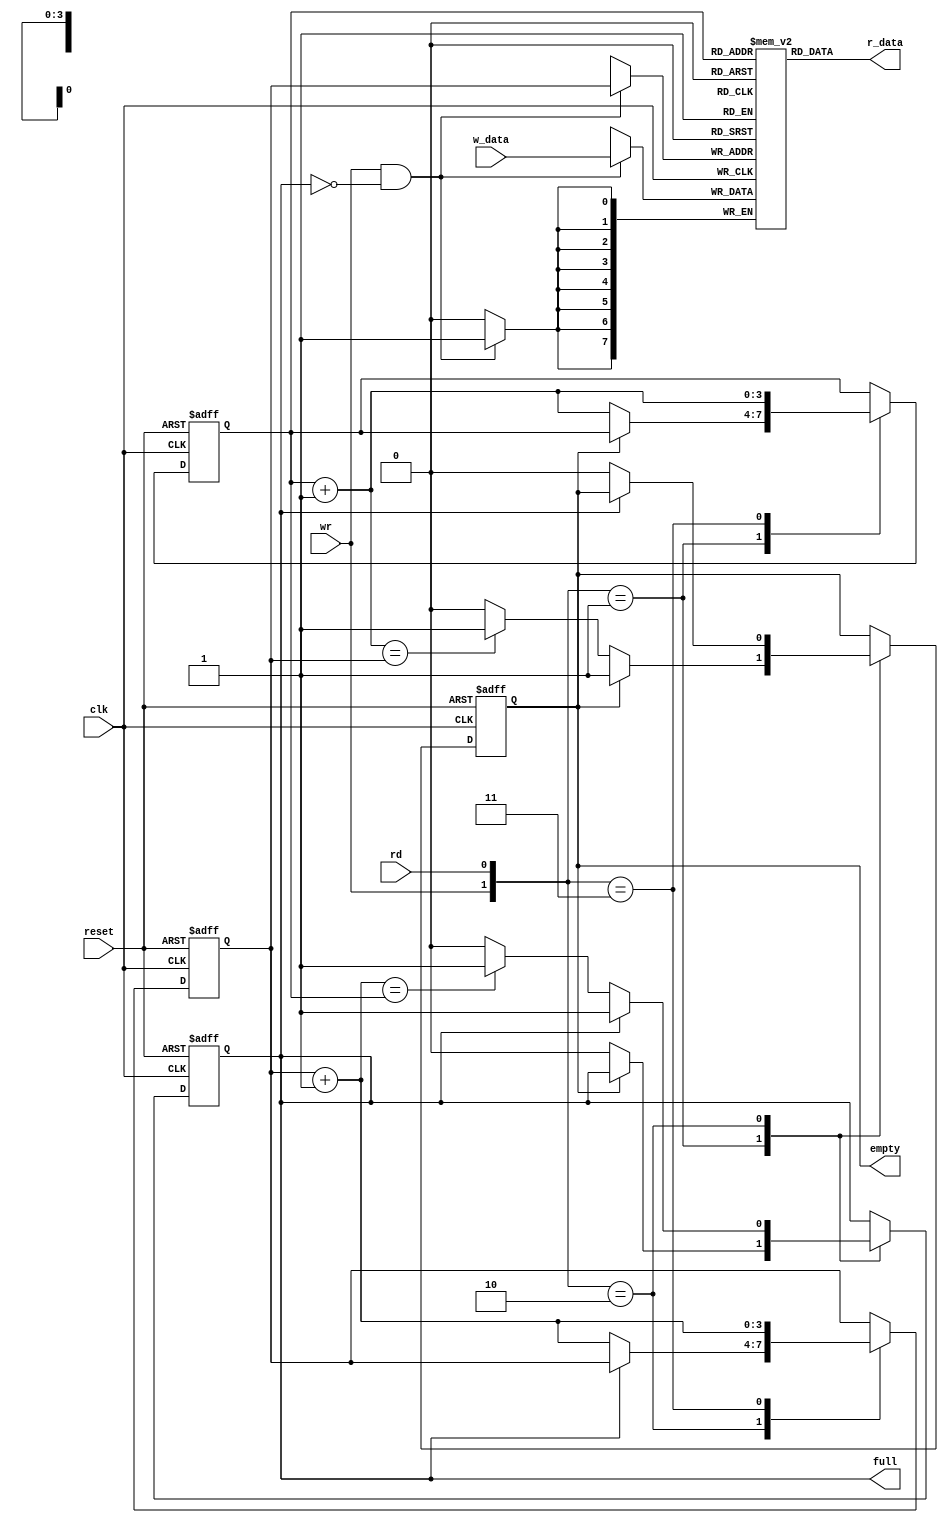
//---------------------------------------------------------------------------
// SharkBoad ExampleModule
// Josnelihurt Rodriguez - Fredy Segura Q.
// josnelihurt@gmail.com
// Top Level Design for the Xilinx Spartan 3-100E Device
//---------------------------------------------------------------------------

/*#
# SharkBoad
# Copyright (C) 2012 Bogot, Colombia
#
# This program is free software: you can redistribute it and/or modify
# it under the terms of the GNU General Public License as published by
# the Free Software Foundation, version 3 of the License.
#
# This program is distributed in the hope that it will be useful,
# but WITHOUT ANY WARRANTY; without even the implied warranty of
# MERCHANTABILITY or FITNESS FOR A PARTICULAR PURPOSE.  See the
# GNU General Public License for more details.
#
# You should have received a copy of the GNU General Public License
# along with this program.  If not, see <http://www.gnu.org/licenses/>.
#*/

/*
  _________.__                  __   __________                       .___
 /   _____/|  |__ _____ _______|  | _\______   \ _________ _______  __| _/
 \_____  \ |  |  \\__  \\_  __ \  |/ /|    |  _//  _ \__  \\_  __ \/ __ | 
 /        \|   Y  \/ __ \|  | \/    < |    |   (  <_> ) __ \|  | \/ /_/ | 
/_______  /|___|  (____  /__|  |__|_ \|______  /\____(____  /__|  \____ | 
        \/      \/     \/           \/       \/           \/           \/ 

*/
// Based on Pong P. Chu - FPGA Prototyping by Verilog Examples
// Listing 4.20
module fifo
   #(
    parameter B=8, // number of bits in a word
              W=4  // number of address bits
   )
   (
    input wire clk, reset, 
    input wire rd, wr,
    input wire [B-1:0] w_data,
    output wire empty, full,
    output wire [B-1:0] r_data
   );

   //signal declaration
   reg [B-1:0] array_reg [2**W-1:0];  // register array
   reg [W-1:0] w_ptr_reg, w_ptr_next, w_ptr_succ;
   reg [W-1:0] r_ptr_reg, r_ptr_next, r_ptr_succ;
   reg full_reg, empty_reg, full_next, empty_next;
   wire wr_en;

   // body
   // register file write operation
   always @(posedge clk)
      if (wr_en)
         array_reg[w_ptr_reg] <= w_data;
   // register file read operation
   assign r_data = array_reg[r_ptr_reg];
   // write enabled only when FIFO is not full
   assign wr_en = wr & ~full_reg;

   // fifo control logic
   // register for read and write pointers
   always @(posedge clk, posedge reset)
      if (reset)
         begin
            w_ptr_reg <= 0;
            r_ptr_reg <= 0;
            full_reg <= 1'b0;
            empty_reg <= 1'b1;
         end
      else
         begin
            w_ptr_reg <= w_ptr_next;
            r_ptr_reg <= r_ptr_next;
            full_reg <= full_next;
            empty_reg <= empty_next;
         end

   // next-state logic for read and write pointers
   always @*
   begin
      // successive pointer values
      w_ptr_succ = w_ptr_reg + 1;
      r_ptr_succ = r_ptr_reg + 1;
      // default: keep old values
      w_ptr_next = w_ptr_reg;
      r_ptr_next = r_ptr_reg;
      full_next = full_reg;
      empty_next = empty_reg;
      case ({wr, rd})
         // 2'b00:  no op
         2'b01: // read
            if (~empty_reg) // not empty
               begin
                  r_ptr_next = r_ptr_succ;
                  full_next = 1'b0;
                  if (r_ptr_succ==w_ptr_reg)
                     empty_next = 1'b1;
               end
         2'b10: // write
            if (~full_reg) // not full
               begin
                  w_ptr_next = w_ptr_succ;
                  empty_next = 1'b0;
                  if (w_ptr_succ==r_ptr_reg)
                     full_next = 1'b1;
               end
         2'b11: // write and read
            begin
               w_ptr_next = w_ptr_succ;
               r_ptr_next = r_ptr_succ;
            end
        default: 
            begin
                w_ptr_next = w_ptr_reg;
                r_ptr_next = r_ptr_reg;
            end
      endcase
   end

   // output
   assign full = full_reg;
   assign empty = empty_reg;


endmodule